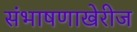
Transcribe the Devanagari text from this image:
संभाषणाखेरीज